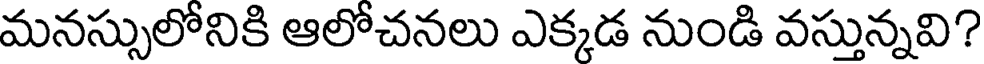
మనస్సులోనికి ఆలోచనలు ఎక్కడ నుండి వస్తున్నవి?